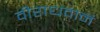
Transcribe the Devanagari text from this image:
वीराधवानं